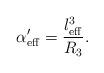
LaTeX: \begin{align*}\alpha'_{\rm eff} = \frac{l^3_{\rm eff}}{R_3}.\end{align*}